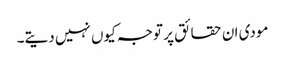
مودی ان حقائق پر توجہ کیوں نہیں دیتے۔